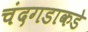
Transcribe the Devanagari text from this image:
चंदगडाकडे